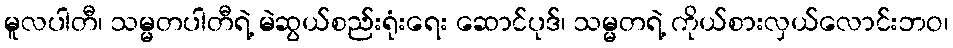
မူလပါတီ၊ သမ္မတပါတီရဲ့ မဲဆွယ်စည်းရုံးရေး ဆောင်ပုဒ်၊ သမ္မတရဲ့ ကိုယ်စားလှယ်လောင်းဘဝ၊